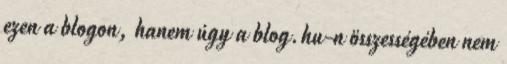
ezen a blogon, hanem úgy a blog.hu-n összességében nem